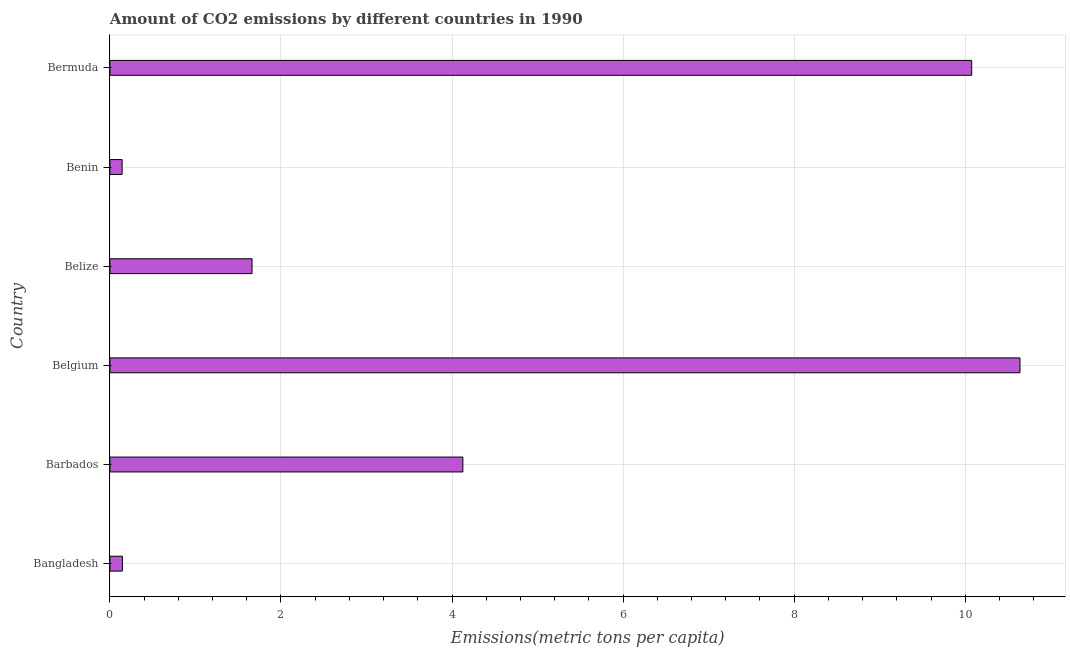
| Country | CO2 emissions |
 | --- | --- |
 | Bangladesh | 0.147 |
 | Barbados | 4.13 |
 | Belgium | 10.6 |
 | Belize | 1.66 |
 | Benin | 0.143 |
 | Bermuda | 10.1 |